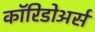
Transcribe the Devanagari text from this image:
कॉरिडोअर्स